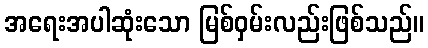
အရေးအပါဆုံးသော မြစ်ဝှမ်းလည်းဖြစ်သည်။